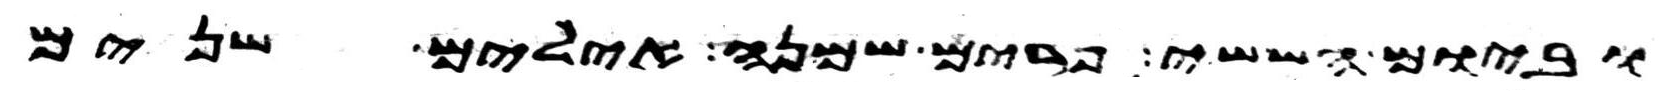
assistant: וביום הששי פרים שמנה אילים שנים